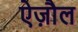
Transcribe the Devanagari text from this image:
ऐज़ौल